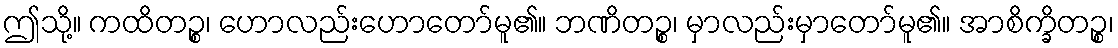
ဤသို့။ ကထိတဉ္စ၊ ဟောလည်းဟောတော်မူ၏။ ဘဏိတဉ္စ၊ မှာလည်းမှာတော်မူ၏။ အာစိက္ခိတဉ္စ၊